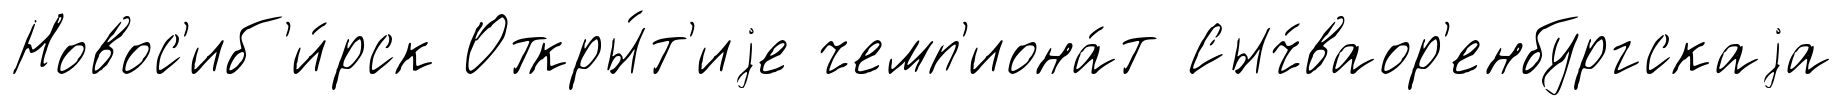
Новос'иб'и́рск Откры́т'иjе чемп'иона́т Сыч́ваор'енбургскаjа